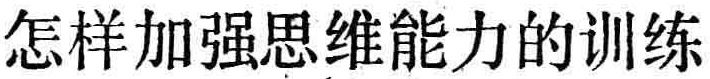
怎样加强思维能力的训练